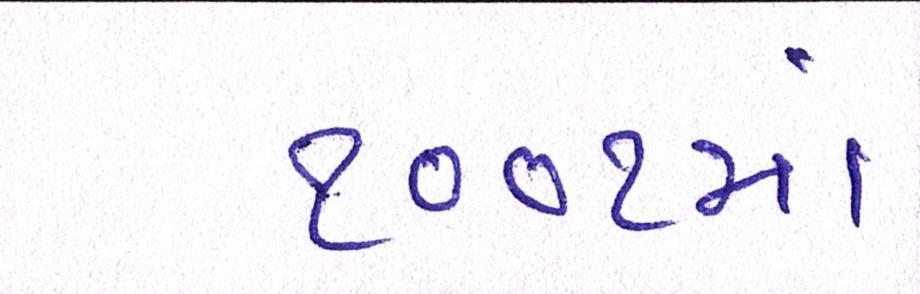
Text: ૧૦૦૧મો